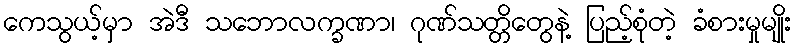
ကေသွယ့်မှာ အဲဒီ သဘောလက္ခဏာ၊ ဂုဏ်သတ္တိတွေနဲ့ ပြည့်စုံတဲ့ ခံစားမှုမျိုး